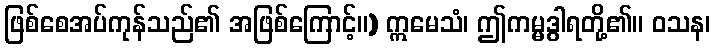
ဖြစ်စေအပ်ကုန်သည်၏ အဖြစ်ကြောင့်။) ဣမေသံ၊ ဤကမ္မဒွါရတို့၏။ ဝသန၊